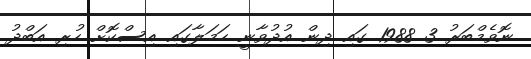
ނޮވެމްބަރު 3 1988 ގައި ދިން އުދުވާނީ ހަމަލާގައި އިސްކޮށް ހުރި އަބްދު